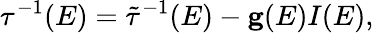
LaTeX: {\mathbf\tau}^{-1}(E)=\tilde{\mathbf\tau}^{-1}(E)-{\mathbf g}(E)I(E),